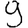
Digit: 9